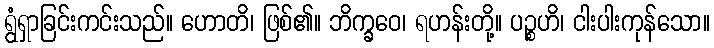
ရွံရှာခြင်းကင်းသည်။ ဟောတိ၊ ဖြစ်၏။ ဘိက္ခဝေ၊ ရဟန်းတို့။ ပဉ္စဟိ၊ ငါးပါးကုန်သော။